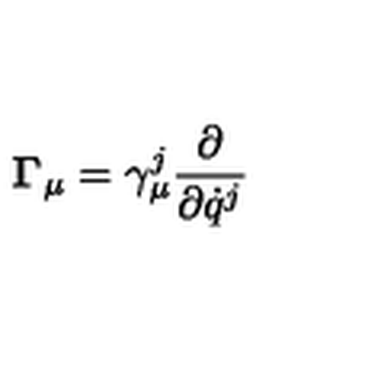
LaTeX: { \bf \Gamma } _ { \mu } = \gamma _ { \mu } ^ { j } { \frac { \partial } { \partial { \dot { q } } ^ { j } } }